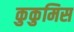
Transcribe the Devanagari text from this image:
कुकुमिस